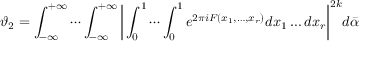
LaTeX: \vartheta _ { 2 } = \int _ { - \infty } ^ { + \infty } \cdots \int _ { - \infty } ^ { + \infty } { \biggl | } \int _ { 0 } ^ { 1 } \cdots \int _ { 0 } ^ { 1 } e ^ { 2 \pi i F ( x _ { 1 } , \ldots , x _ { r } ) } d x _ { 1 } \ldots d x _ { r } { \biggr | } ^ { 2 k } d { \bar { \alpha } }